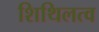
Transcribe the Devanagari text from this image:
शिथिलत्व